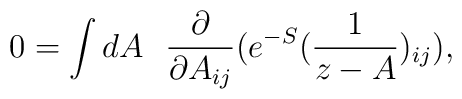
0=\int dA~~{\partial \over {\partial A_{ij}}}(e^{-S} ({1 \over {z-A}})_{ij}),